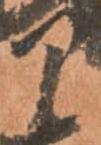
部